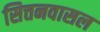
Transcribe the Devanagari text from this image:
सित्तनवासल